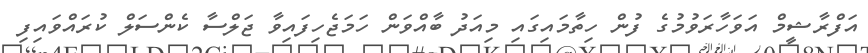
އަފްރާޝީމް އަވަހާރަވުމުގެ ފުން ހިތާމައިގައި މިއަދު ބާއްވަން ހަމަޖެހިފައިވާ ޖަލްސާ ކެންސަލް ކުރައްވައިފި